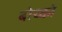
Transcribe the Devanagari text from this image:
बोच्को